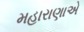
મહારાણાએ